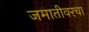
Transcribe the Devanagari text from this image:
जमातीवरचा